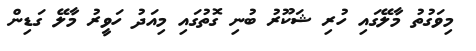
މިވަގުތު މާލޭގައި ހުރި ޝަކޫރު ބުނި ގޮތުގައި މިއަދު ހަވީރު މާލޭ ގަޑިން